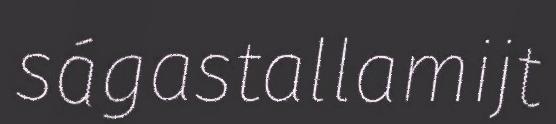
ságastallamijt